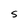
Character: S